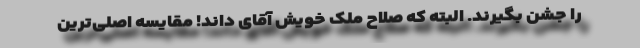
را جشن بگیرند. البته که صلاح مُلک خویش آقای داند! مقایسه اصلی‌ترین